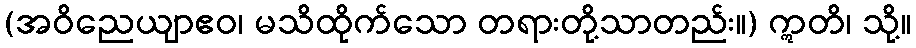
(အဝိညေယျာဧဝ၊ မသိထိုက်သော တရားတို့သာတည်း။) ဣတိ၊ သို့။